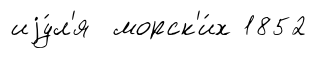
иjу́л'я морск'и́х 1852